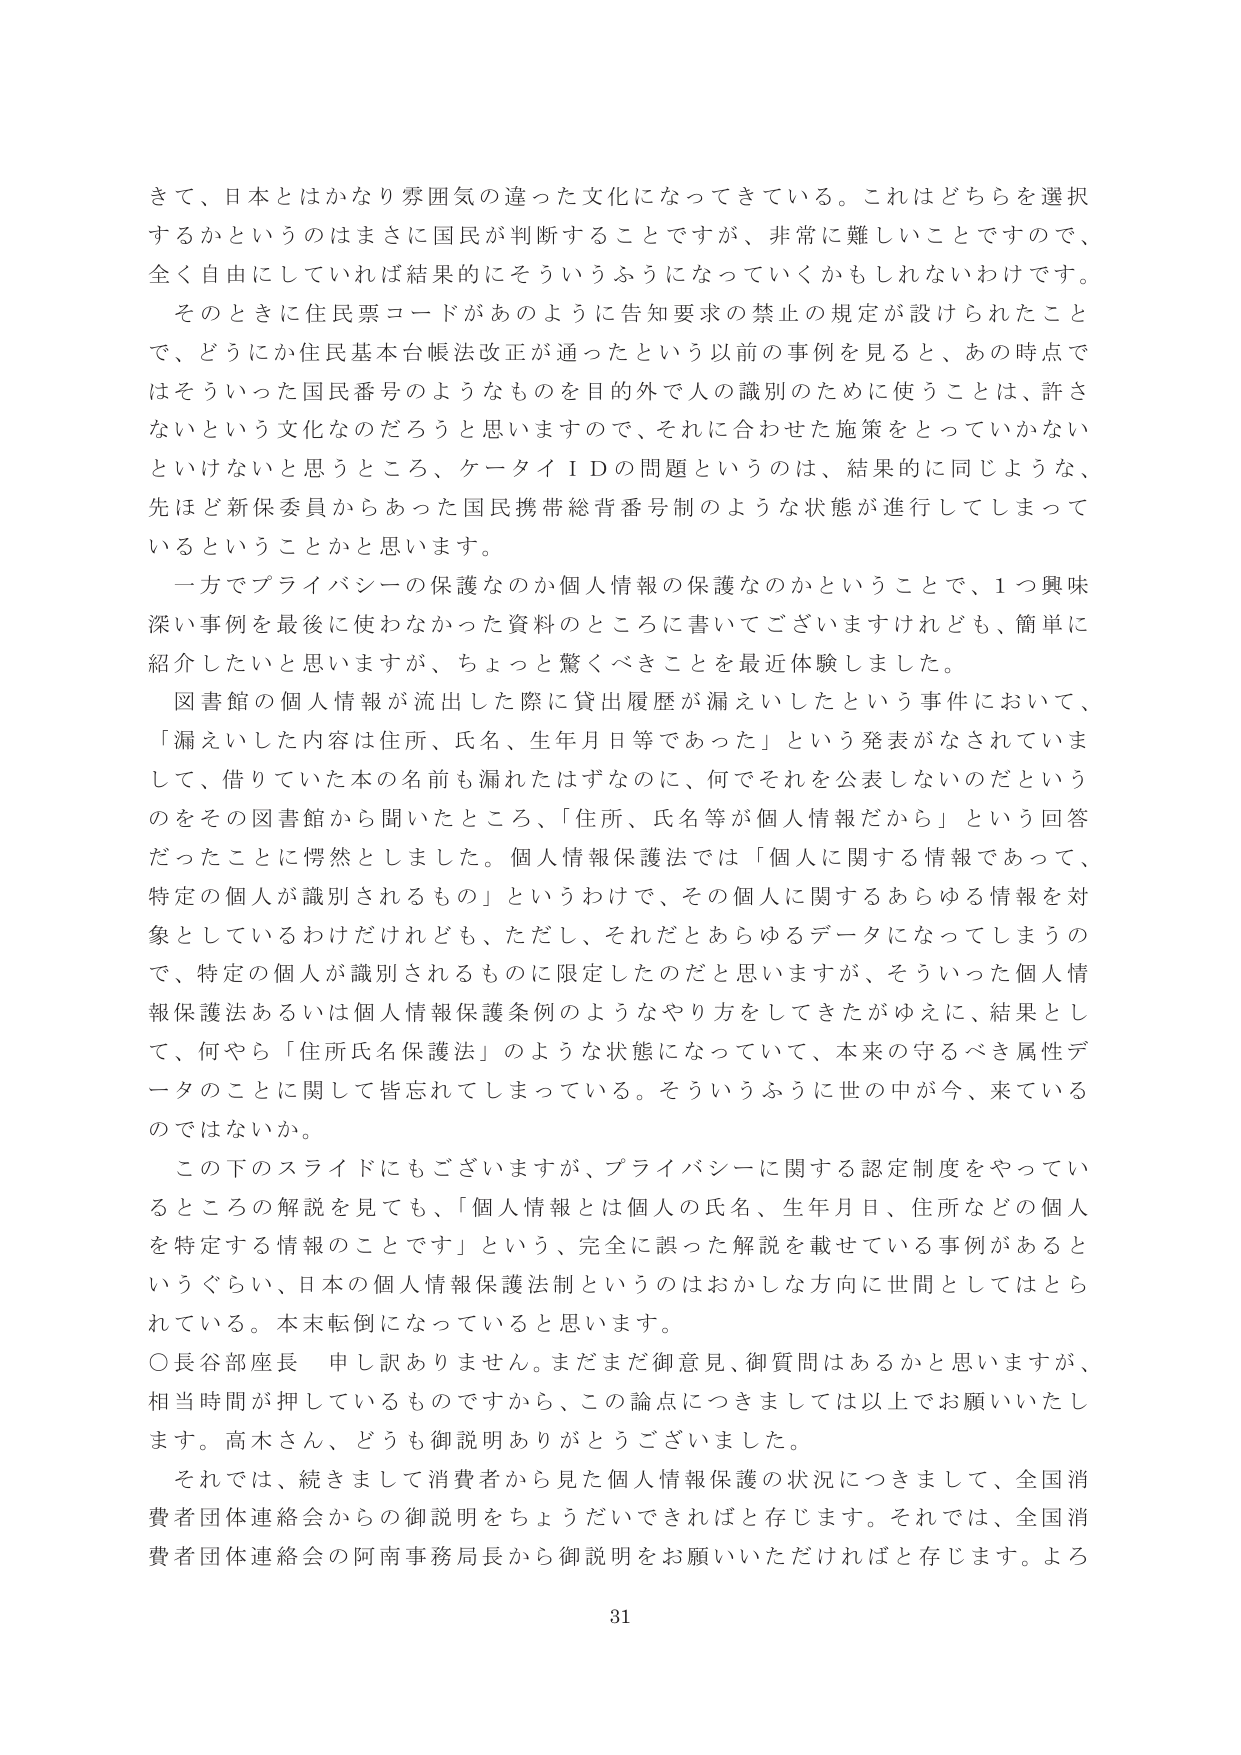
きて、日本とはかなり雰囲気の違った文化になってきている。これはどちらを選択するかというのはまさに国民が判断することですが、非常に難しいことですので、全く自由にしていれば結果的にそういうふうになっていくかもしれないわけです。

そのときに住民票コードがあのように告知要求の禁止の規定が設けられたことで、どうにか住民基本台帳法改正が通ったという以前の事例を見ると、あの時点ではそういった国民番号のようなものを目的外で人の識別のためを使うことは、許さないという文化なのだろうと思いますので、それに合わせた施策をとっていかないといけないと思うところ、ケータイＩＤの問題というのは、結果的に同じような、先ほど新保委員からあった国民携帯総背番号制のような状態が進行してしまっているということかと思います。

一方でプライバシーの保護なのか個人情報の保護なのかということで、1つ興味深い事例を最後に使わなかった資料のところに書いてございますけれども、簡単に紹介したいと思いますが、ちょっと驚くべきことを最近体験しました。

図書館の個人情報が流出した際に貸出履歴が漏えいしたという事件において、「漏えいした内容は住所、氏名、生年月日等であった」という発表がなされていまして、借りていた本の名前も漏れたはずなのに、何でそれを公表しないのだというのをその図書館から聞いたところ、「住所、氏名等が個人情報だから」という回答だったことに愕然としました。個人情報保護法では「個人に関する情報であって、特定の個人が識別されるもの」というわけで、その個人に関するあらゆる情報を対象としているわけだけれども、ただし、それだとあらゆるデータになってしまうので、特定の個人が識別されるものに限定したのだと思いますが、そういった個人情報保護法あるいは個人情報保護条例のようなやり方をしてきたがゆえに、結果として、何やら「住所氏名保護法」のような状態になっていて、本来の守るべき属性データのことに関して皆忘れてしまっている。そういうふうに世の中が今、来ているのではないか。

この下のスライドにもございますが、プライバシーに関する認定制度をやっているところの解説を見ても、「個人情報とは個人の氏名、生年月日、住所などの個人を特定する情報のことです」という、完全に誤った解説を載せている事例があるというぐらい、日本の個人情報保護法制というのはおかしな方向に世間としてはとられている。本末転倒になっていると思います。

○長谷部座長　申し訳ありません。まだまだ御意見、御質問はあるかと思いますが、相当時間が押しているものですから、この論点につきましては以上でお願いいたします。高木さん、どうも御説明ありがとうございました。

それでは、続きまして消費者から見た個人情報保護の状況につきまして、全国消費者団体連絡会からの御説明をちょうだいできればと存じます。それでは、全国消費者団体連絡会の阿南事務局長から御説明をお願いいただければと存じます。よろ

31